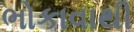
ભોકાવાથી